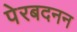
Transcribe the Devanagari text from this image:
पेरबदनन